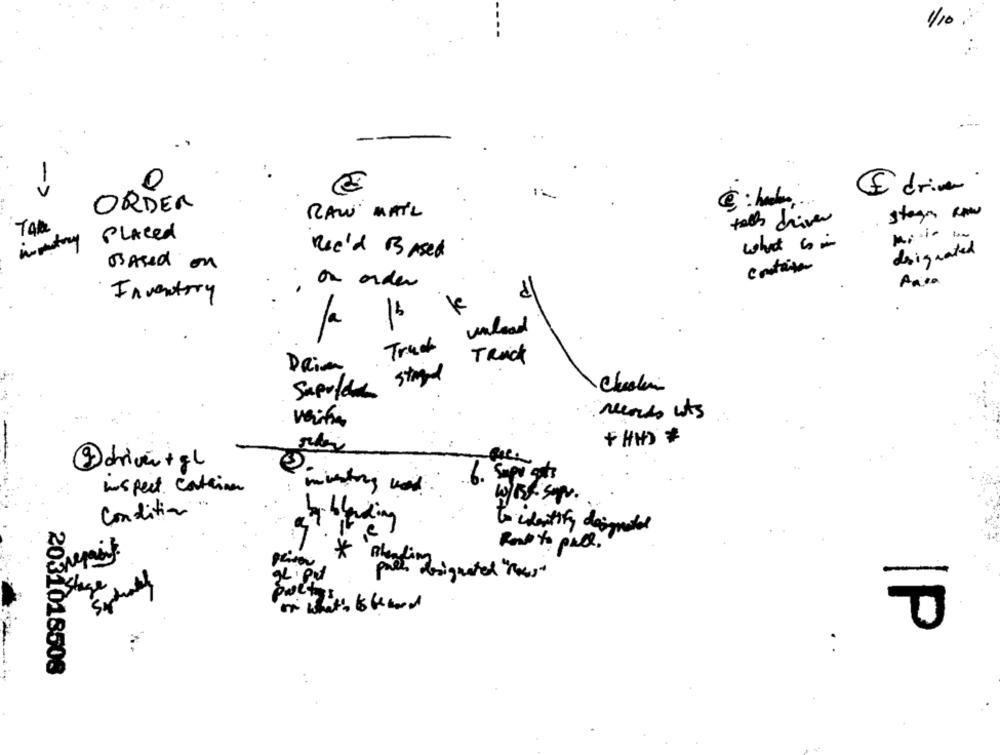
1/10.
0
E drive.
V
ORDER
RAW MAIL
stegn ano
falls driver
intry Placed
what is in
we'd Based
designated
Based on
constater
on order
Area
Inventory
2
=
unload
Truc
TRACK
Daim
Sapuldie stand
records wts
verita
+ HHD #
@driven+gl
6. Supp gats
bus pect. Caterina
was Sup.
Condition
blending
to identify designated
Rob to pull.
*
tel"nous"
2031018508
..